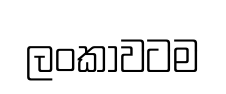
ලංකාවටම